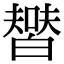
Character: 𤾞